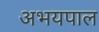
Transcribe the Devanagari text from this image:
अभयपाल